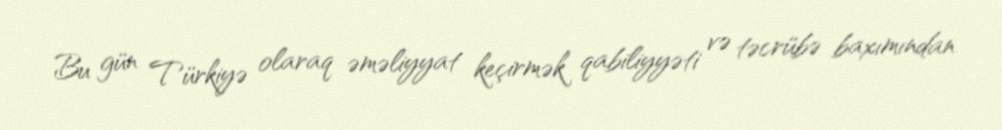
Bu gün Türkiyə olaraq əməliyyat keçirmək qabiliyyəti və təcrübə baxımından